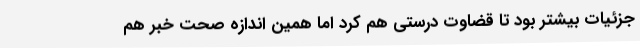
جزئیات بیشتر بود تا قضاوت درستی هم کرد اما همین اندازه صحت خبر هم